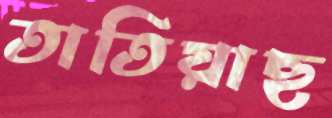
তাতিয়াছ